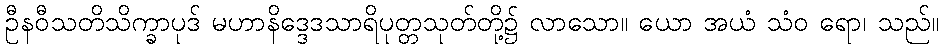
ဦနဝီသတိသိက္ခာပုဒ် မဟာနိဒ္ဒေဒသာရိပုတ္တသုတ်တို့၌ လာသော။ ယော အယံ သံဝ ရော၊ သည်။